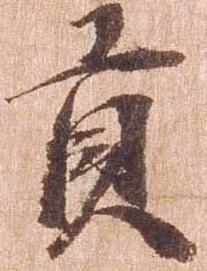
貢